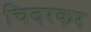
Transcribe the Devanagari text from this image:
चिदरकर